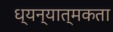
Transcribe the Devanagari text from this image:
ध्यन्यात्मकता